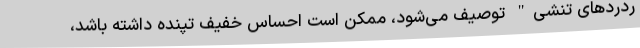
ردردهای تنشی" توصیف می‌شود، ممکن است احساس خفیف تپنده داشته باشد،